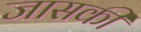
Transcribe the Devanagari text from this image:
जासकी